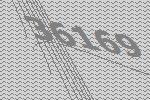
36169